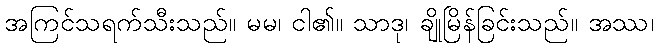
အကြင်သရက်သီးသည်။ မမ၊ ငါ၏။ သာဒု၊ ချိုမြိန်ခြင်းသည်။ အဿ၊